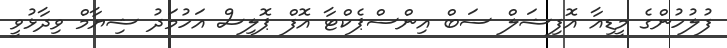
ފުލުހުންގެ މީޑިއާ އޮފިޝަލް ސަބް އިންސްޕެކްޓާ އޮފް ޕޮލިސް އަހުމަދު ޝިޔާމް ވިދާޅުވީ